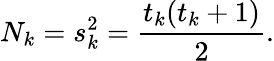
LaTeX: N_{k}=s_{k}^{2}={\frac{t_{k}(t_{k}+1)}{2}}.